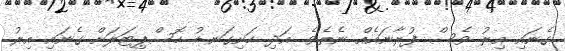
ގެނައި އިރު ވެސް ފުރާނައެއް ނެތެވެ. އަދި ހަށިގަނޑު ހޮސްޕިޓަލަށް ގެނައި އިރު